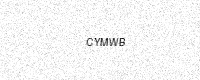
Text: CYMWB